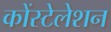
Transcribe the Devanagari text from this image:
कोंस्टेलेशन